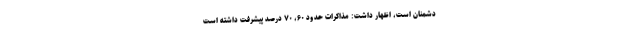
دشمنان است، اظهار داشت: مذاکرات حدود ۶۰، ۷۰ درصد پیشرفت داشته است